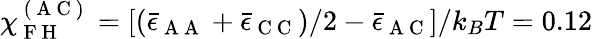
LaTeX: \chi_{\mathrm{~F~H~}}^{\mathrm{~(~A~C~)~}}=[(\bar{\epsilon}_{\mathrm{~A~A~}}+\bar{\epsilon}_{\mathrm{~C~C~}})/2-\bar{\epsilon}_{\mathrm{~A~C~}}]/k_{B}T=0.12